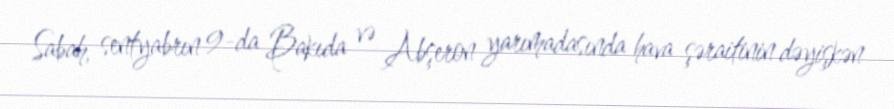
Sabah, sentyabrın 9-da Bakıda və Abşeron yarımadasında hava şəraitinin dəyişkən